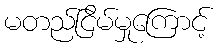
မတည်ငြိမ်မှုကြောင့်